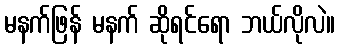
မနက်ဖြန် မနက် ဆိုရင်ရော ဘယ်လိုလဲ။